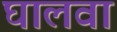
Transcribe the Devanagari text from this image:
घालवा